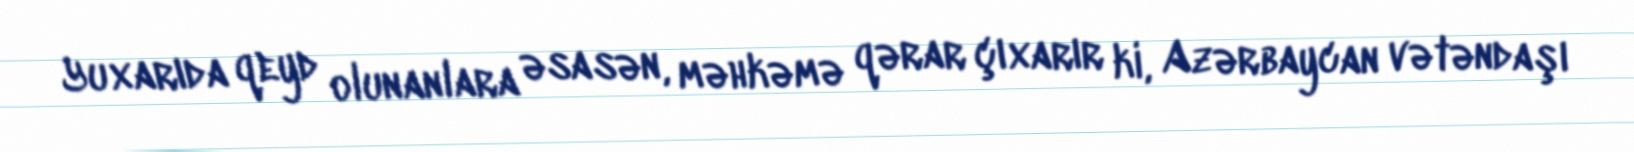
Yuxarıda qeyd olunanlara əsasən, məhkəmə qərar çıxarır ki, Azərbaycan vətəndaşı